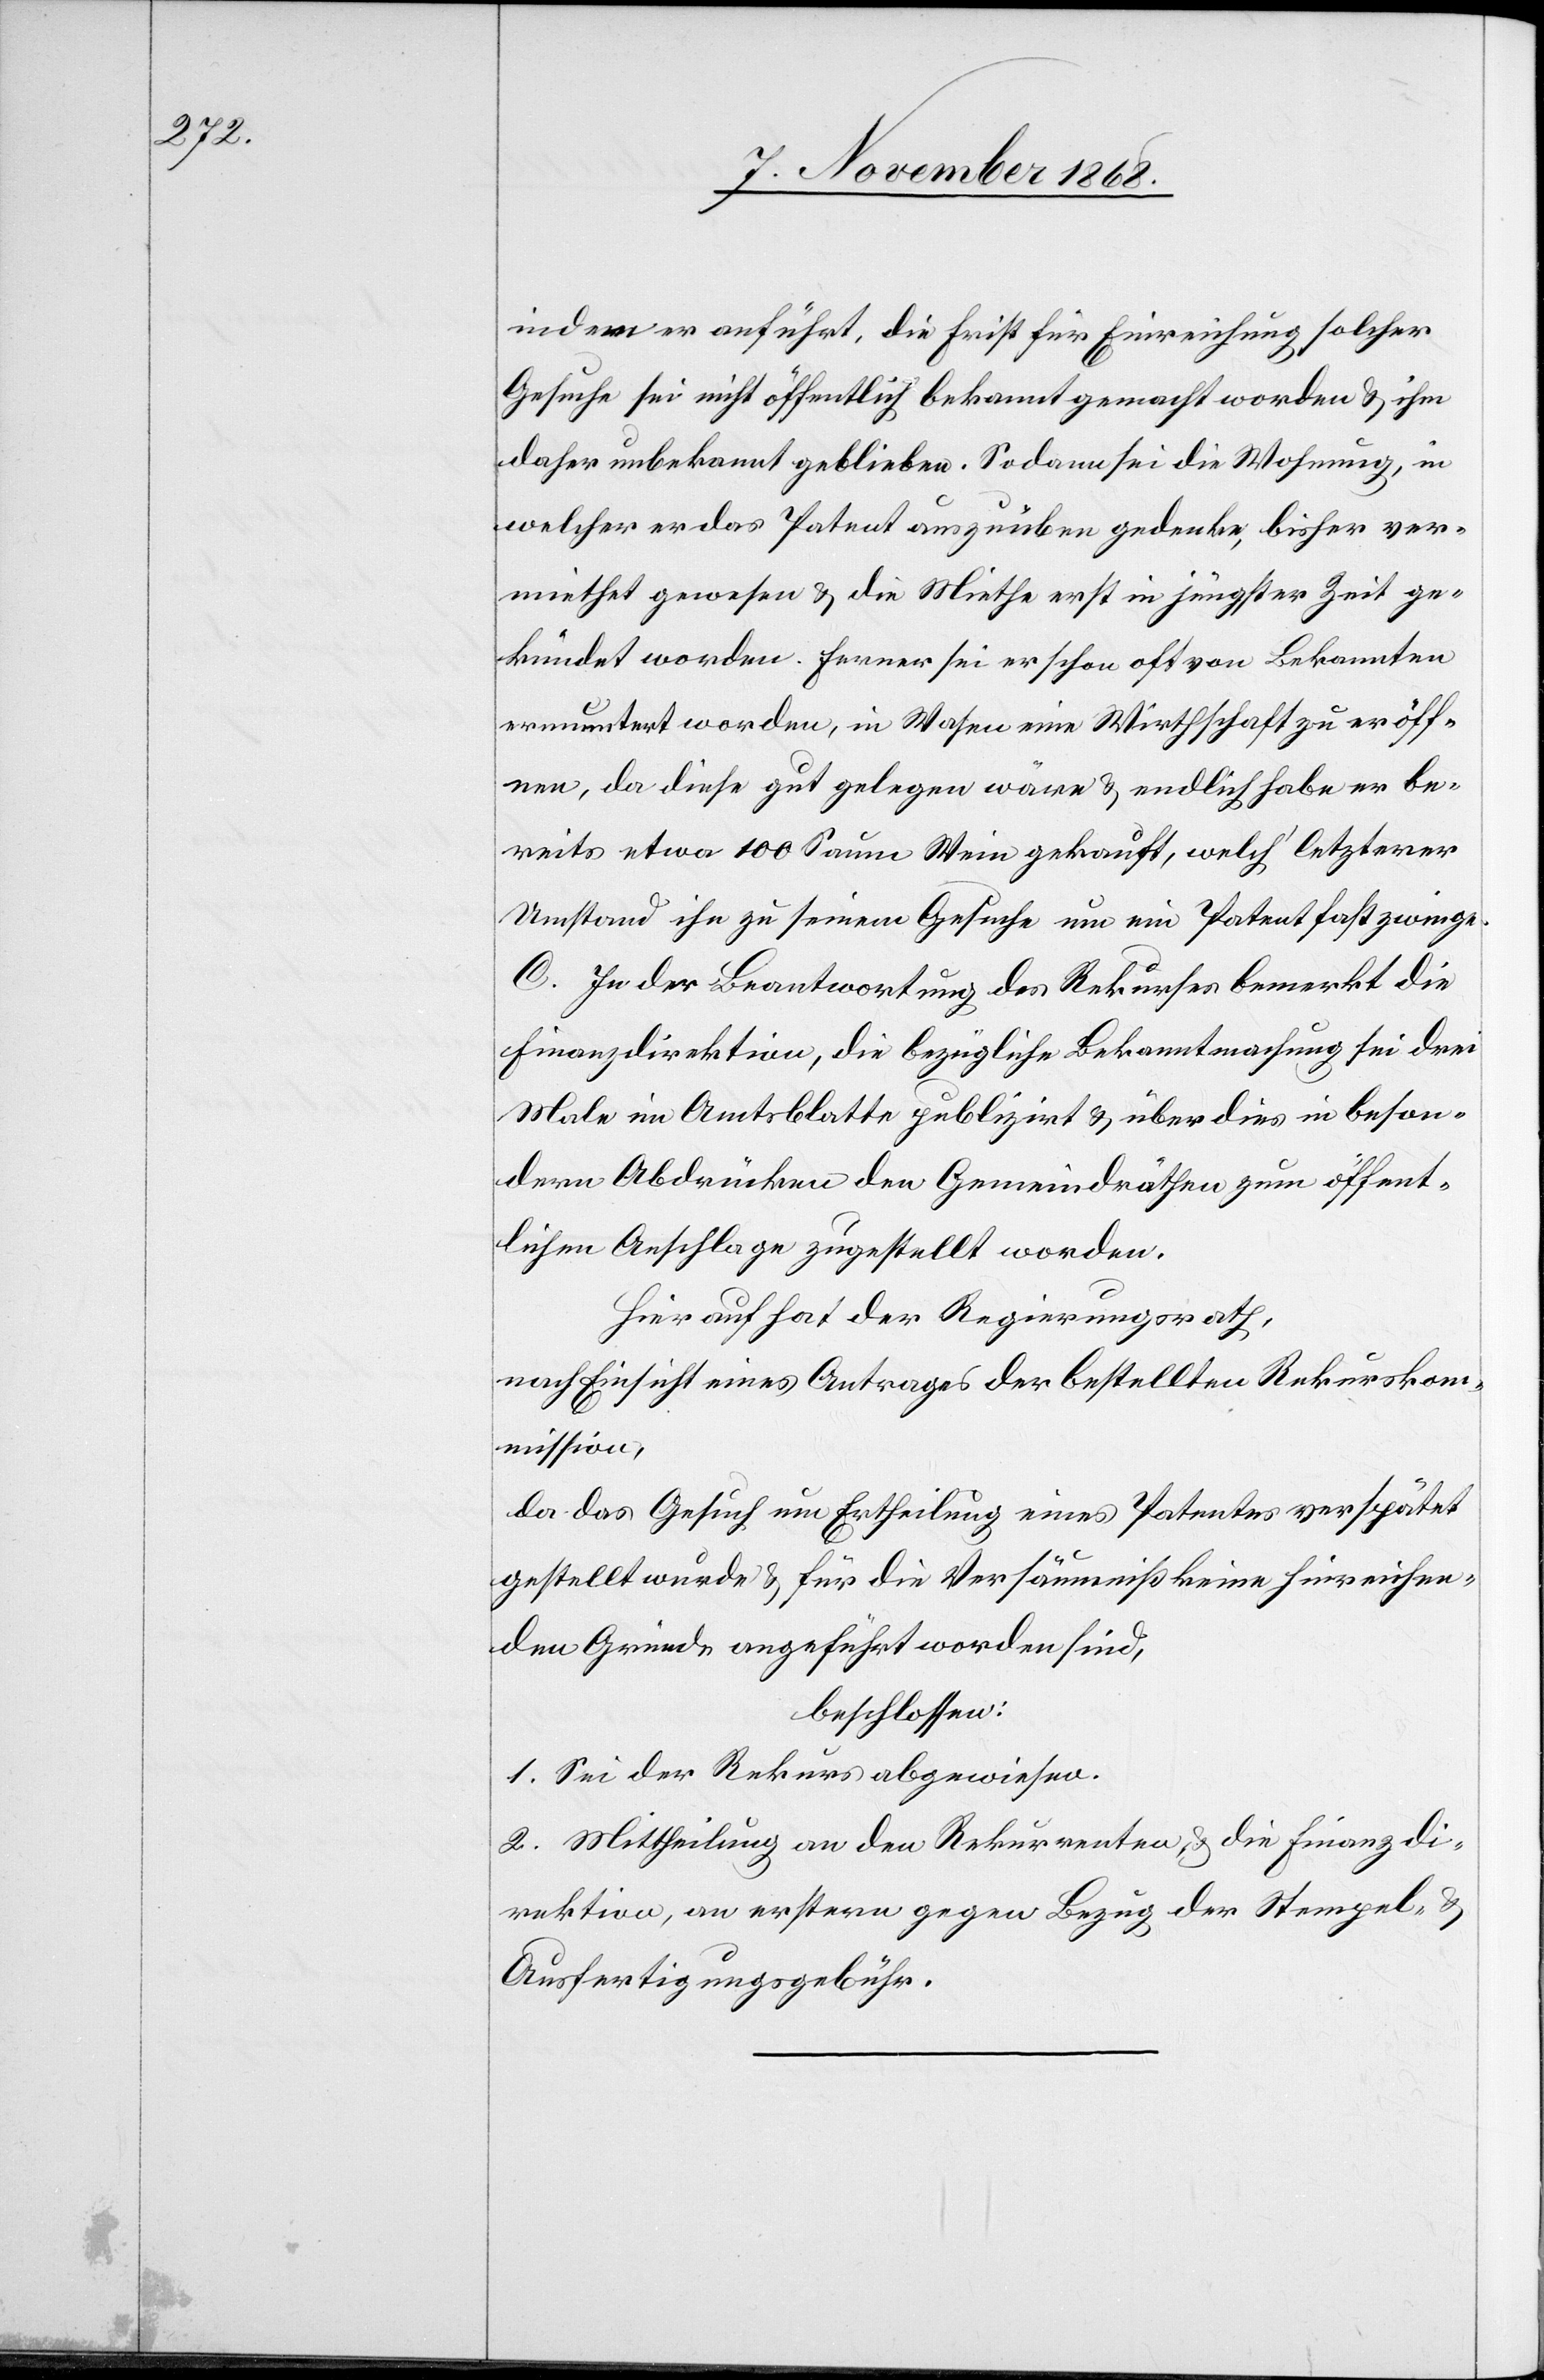
indem er anführt, die Frist für Einreichung solcher
Gesuche sei nicht öffentlich bekannt gemacht worden & ihm
daher unbekannt geblieben. Sodann sei die Wohnung, in
welcher er das Patent auszuüben gedenke, bisher ver¬
miethet gewesen & die Miethe erst in jüngster Zeit ge¬
kündet worden. Ferner sei er schon oft von Bekannten
ermuntert worden, in Wasen eine Wirthschaft zu eröff¬
nen, da diese gut gelegen wäre & endlich habe er be¬
reits etwa 100 Saum Wein gekauft, welch‘ letzterer
Umstand ihn zu seinem Gesuche um ein Patent fast zwinge.
C. In der Beantwortung des Rekurses bemerkt die
Finanzdirektion, die bezügliche Bekanntmachung sei drei
Male im Amtsblatte publizirt & über dies in beson¬
dern Abdrücken den Gemeindräthen zum öffent¬
lichen Anschlage zugestellt worden.
Hierauf hat der Regierungsrath,
nach Einsicht eines Antrages der bestellten Rekursko¬
mmission,
da das Gesuch um Ertheilung eines Patentes verspätet
gestellt wurde & für die Versäumniß keine hinreichen¬
den Gründe angeführt worden sind,
beschlossen:
1. Sei der Rekurs abgewiesen.
2. Mittheilung an den Rekurrenten & die Finanzdi¬
rektion, an erstern gegen Bezug der Stempel-
Ausfertigungsgebühr.